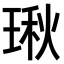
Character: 𤧐